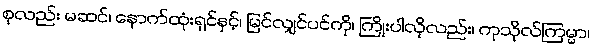
စုလည်း မဆင်၊ နောက်ထုံးရှင်နှင့်၊ မြင်လျှင်ပင်ကို၊ ကြိုးပါလိုလည်း၊ ကုသိုလ်ကြမ္မာ၊